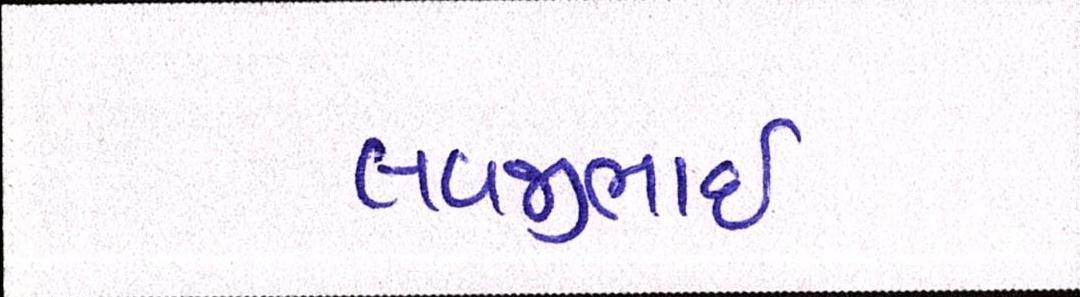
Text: લવજીભાઇ